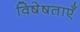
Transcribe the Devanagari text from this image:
विषेषताएँ